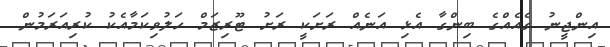
އިންޖީނު ގެއެއްގެ ބިންގާ އެޅި އަނެއް ރަށަކީ ރަށު ޓޫރިޒަމް ހަލުވިކަމާއެކު ކުރިއަރަމުން